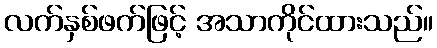
လက်နှစ်ဖက်ဖြင့် အသာကိုင်ထားသည်။